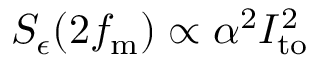
S _ { \epsilon } ( 2 f _ { \mathrm { m } } ) \propto \alpha ^ { 2 } I _ { \mathrm { t o } } ^ { 2 }